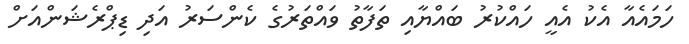
ހަމައެއާ އެކު އެއީ ހައްކުރު ބައްޔާއި ތަފާތު ވައްތަރުގެ ކެންސަރު އަދި ޑިޕްރެޝަންްއަށް